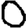
Digit: 0